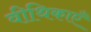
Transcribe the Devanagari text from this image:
वीथिकाएँ